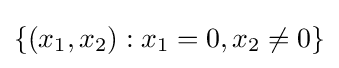
\{(x_{1},x_{2}):x_{1}=0,x_{2}\neq 0\}